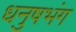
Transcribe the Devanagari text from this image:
धनुषभंग